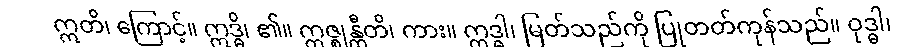
ဣတိ၊ ကြောင့်။ ဣဒ္ဓိ၊ ၏။ ဣဇ္ဈန္တီတိ၊ ကား။ ဣဒ္ဓါ၊ မြတ်သည်ကို ပြုတတ်ကုန်သည်။ ဝုဒ္ဓါ၊